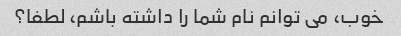
خوب، می توانم نام شما را داشته باشم، لطفا؟